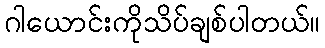
ဂါယောင်းကိုသိပ်ချစ်ပါတယ်။